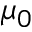
\mu _ { 0 }